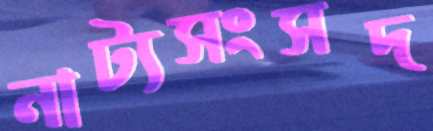
নাট্যসংসদ